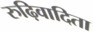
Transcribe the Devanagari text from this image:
रुढ़िवादिता